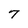
Character: 7